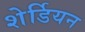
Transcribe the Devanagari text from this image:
शेर्डियन